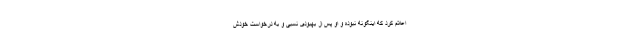
اعلام کرد که اینگونه نبوده و او پس از بهبودی نسبی و به درخواست خودش